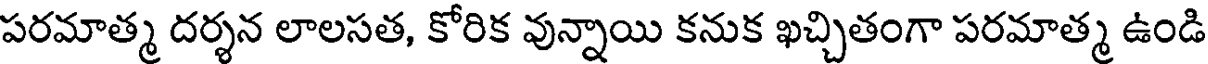
పరమాత్మ దర్శన లాలసత, కోరిక వున్నాయి కనుక ఖచ్చితంగా పరమాత్మ ఉండి